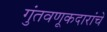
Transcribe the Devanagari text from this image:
गुंतवणूकदारांचे